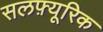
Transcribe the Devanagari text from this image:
सलफ़्यूरिक